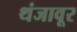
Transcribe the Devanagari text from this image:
थंजावूर